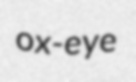
ox-eye